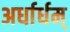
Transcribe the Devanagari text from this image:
अर्धार्धम्